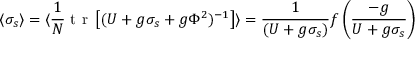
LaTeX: \langle \sigma _ { s } \rangle = \langle { \frac { 1 } { N } } \makebox { t r } \left[ ( U + g \sigma _ { s } + g \Phi ^ { 2 } ) ^ { - 1 } \right] \rangle = { \frac { 1 } { ( U + g \sigma _ { s } ) } } f \left( { \frac { - g } { U + g \sigma _ { s } } } \right)